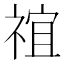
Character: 𬓇